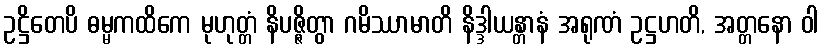
ဥဋ္ဌိတေပိ ဓမ္မကထိကေ မုဟုတ္တံ နိပဇ္ဇိတွာ ဂမိဿာမာတိ နိဒ္ဒါယန္တာနံ အရုဏံ ဥဋ္ဌဟတိ, အတ္တနော ဝါ